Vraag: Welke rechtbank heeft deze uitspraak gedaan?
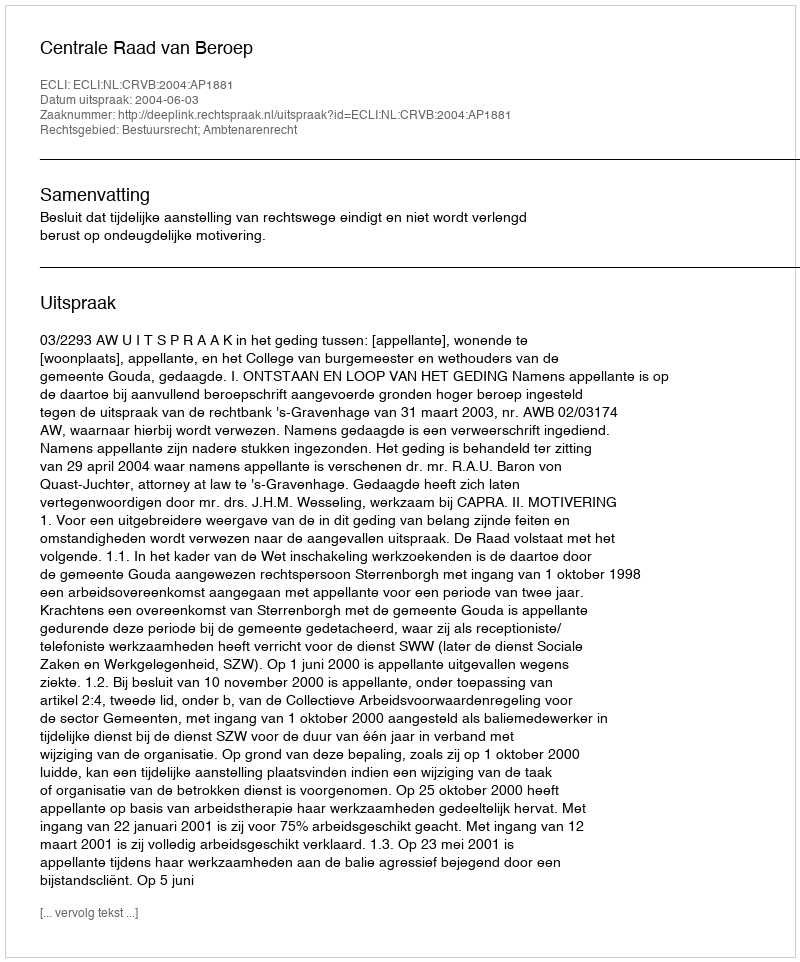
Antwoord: Centrale Raad van Beroep